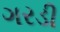
ગરડી